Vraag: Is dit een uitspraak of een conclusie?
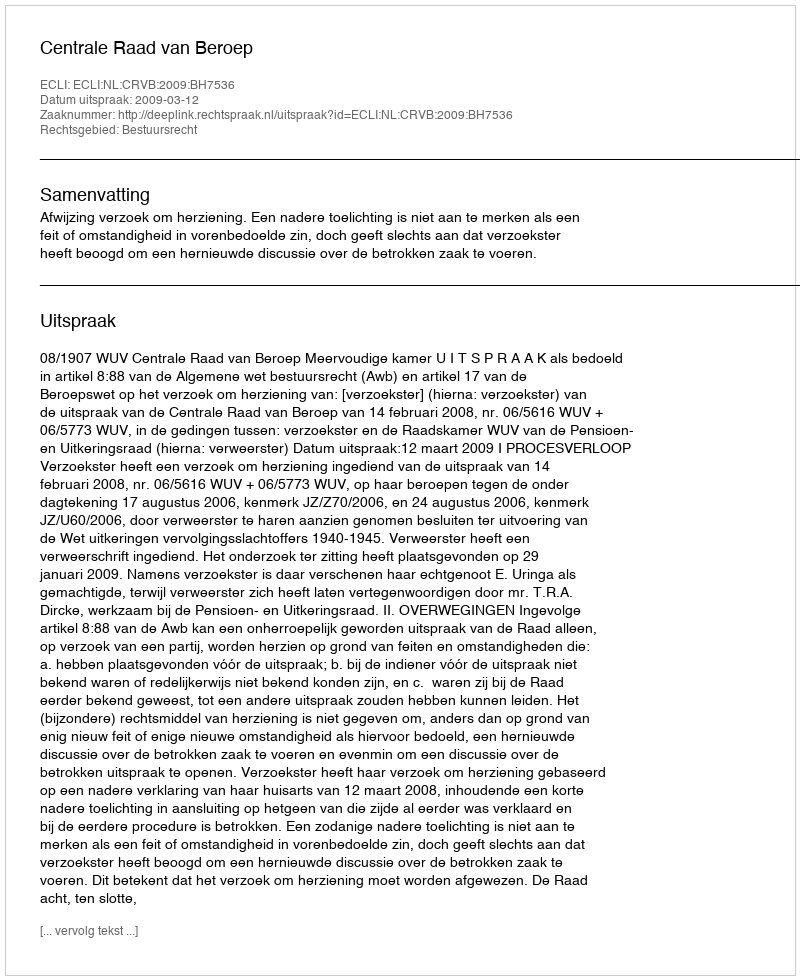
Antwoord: Uitspraak